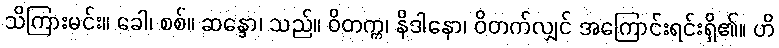
သိကြားမင်း။ ခေါ၊ စစ်။ ဆန္ဒော၊ သည်။ ဝိတက္က၊ နိဒါနော၊ ဝိတက်လျှင် အကြောင်းရင်းရှိ၏။ ဟိ